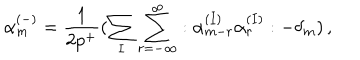
\alpha _ { m } ^ { ( - ) } = \frac { 1 } { 2 p ^ { + } } ( \sum _ { I } \sum _ { r = - \infty } ^ { \infty } : \alpha _ { m - r } ^ { ( I ) } \alpha _ { r } ^ { ( I ) } : - \delta _ { m } ) \, ,